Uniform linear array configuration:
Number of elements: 32
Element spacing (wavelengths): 0.75
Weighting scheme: cosine
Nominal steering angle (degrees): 45
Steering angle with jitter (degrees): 43.33
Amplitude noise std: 0.05
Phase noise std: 0.05

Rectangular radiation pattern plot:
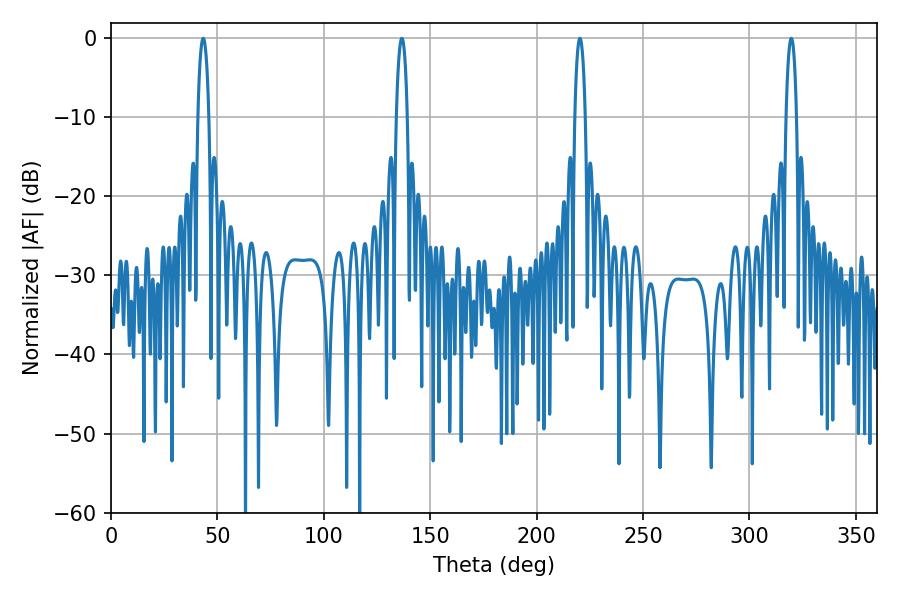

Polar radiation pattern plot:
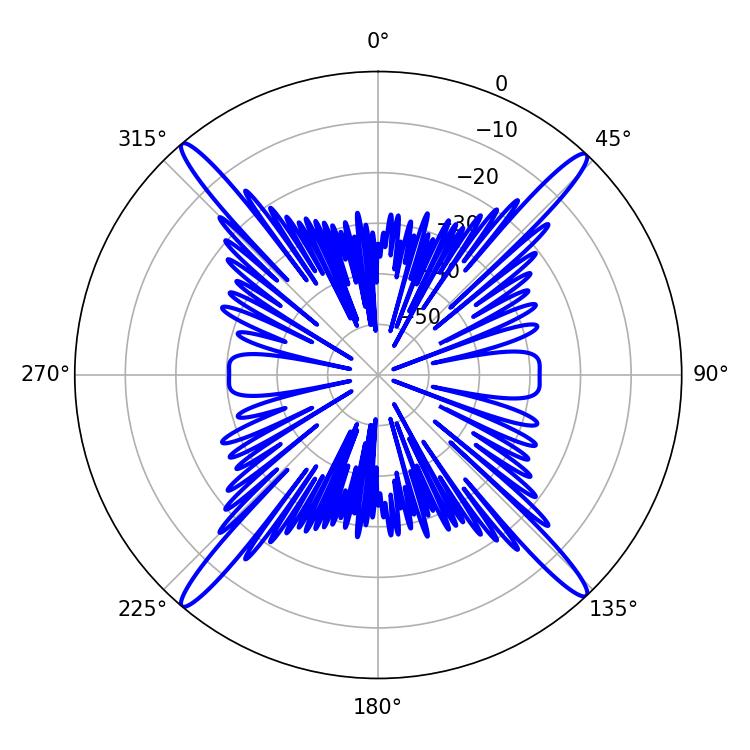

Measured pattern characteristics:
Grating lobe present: TRUE
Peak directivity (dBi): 23.898
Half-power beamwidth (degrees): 2.7
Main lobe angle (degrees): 220.32